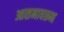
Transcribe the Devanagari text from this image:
आसनावरून